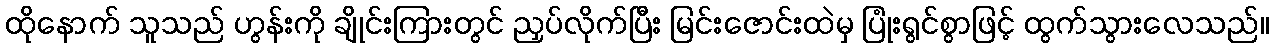
ထိုနောက် သူသည် ဟွန်းကို ချိုင်းကြားတွင် ညှပ်လိုက်ပြီး မြင်းဇောင်းထဲမှ ပြုံးရွင်စွာဖြင့် ထွက်သွားလေသည်။